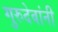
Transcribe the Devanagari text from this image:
गुरुदेवांनी